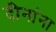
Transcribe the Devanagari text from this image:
दीनांना